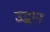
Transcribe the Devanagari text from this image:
उद्धान